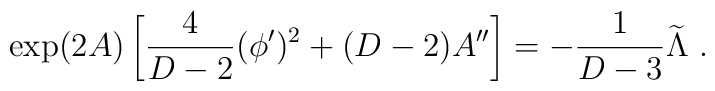
\exp(2A)\left[{4\over{D-2}}(\phi^\prime)^2+ (D-2)A^{\prime\prime}\right]= -{1\over{D-3}}{\widetilde\Lambda}~.